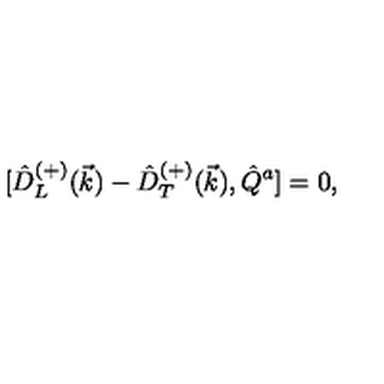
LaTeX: { [ } \hat { D } _ { L } ^ { ( + ) } ( \vec { k } ) - \hat { D } _ { T } ^ { ( + ) } ( \vec { k } ) , \hat { Q } ^ { a } ] = 0 ,